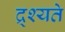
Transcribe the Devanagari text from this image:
द्र्श्यते